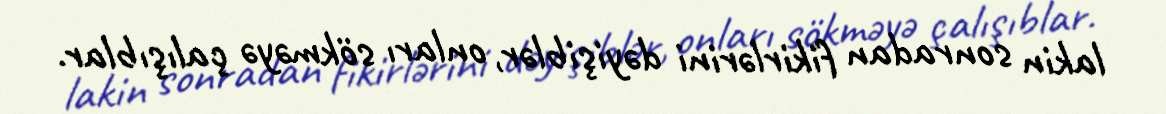
lakin sonradan fikirlərini dəyişiblər, onları sökməyə çalışıblar.